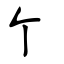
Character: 个